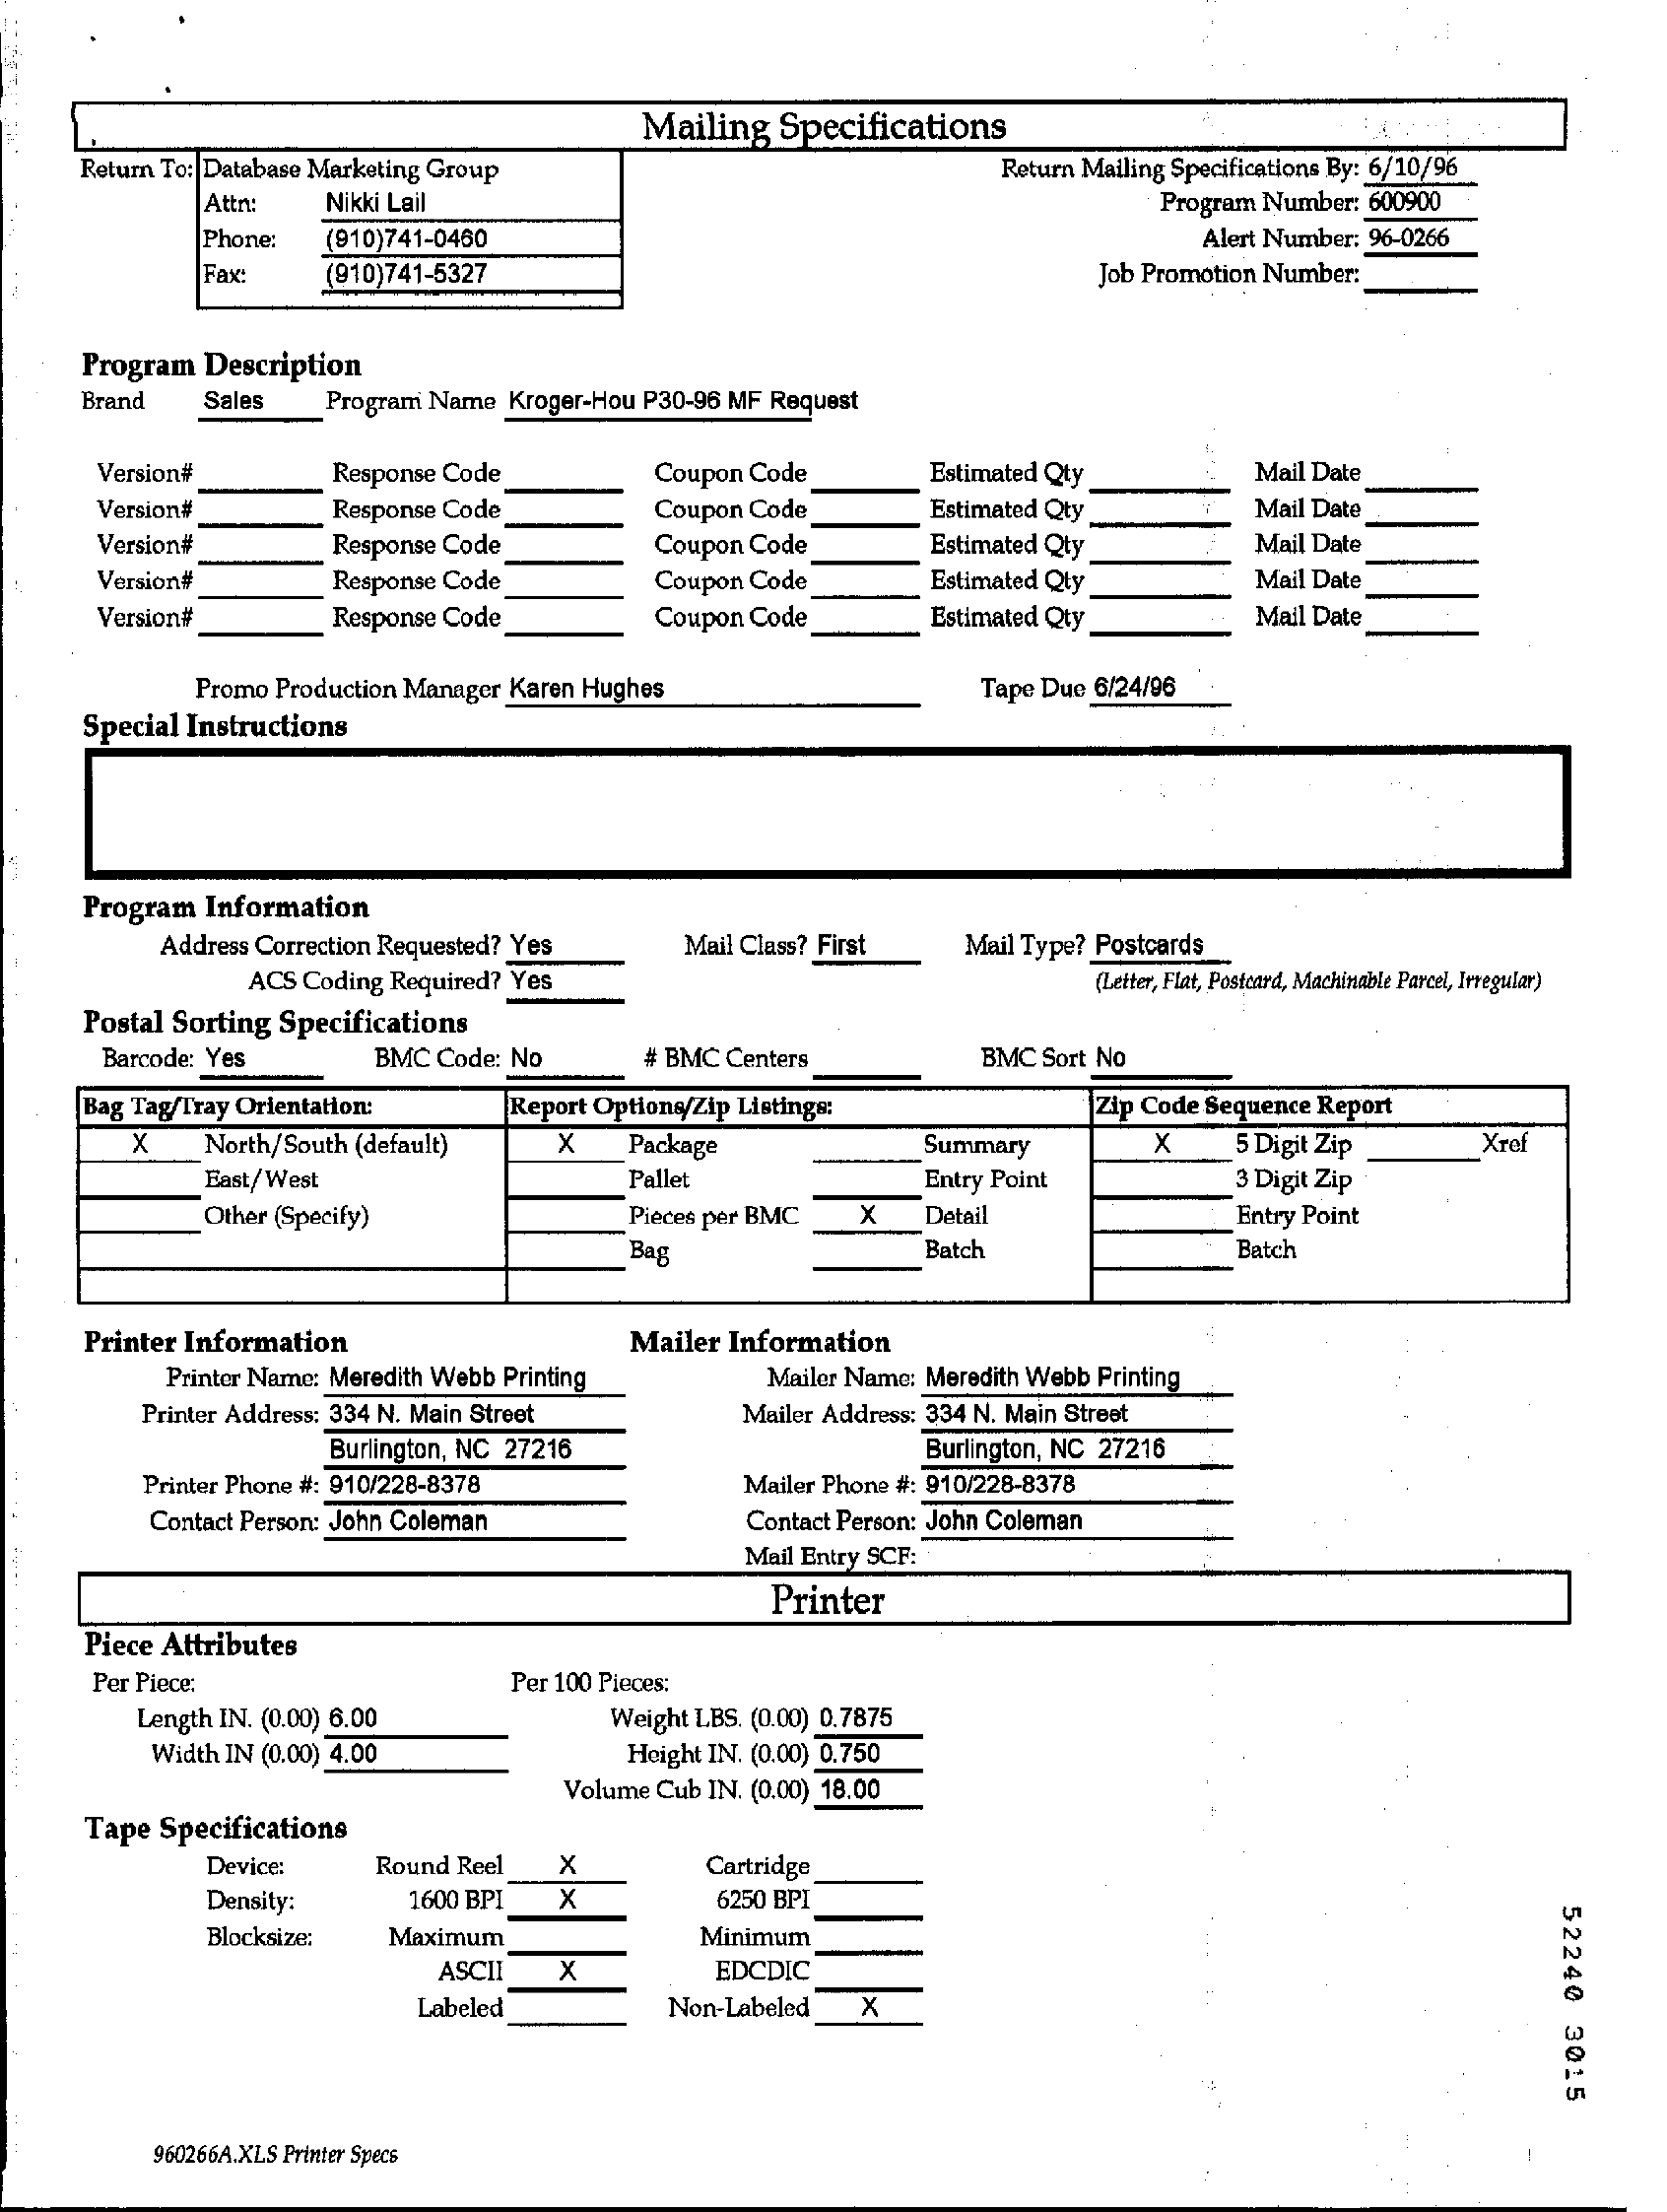
Mailing Specifications
     Return To: Database Marketing Group    Return Mailing Specifications By: 6/10/96
     Attn: Nikki Lail    Program Number: 600900
     Phone: (910)741-0460    Alert Number: 96-0266
     Fax:   (910)741-5327    Job Promotion Number:
     Program Description
     Brand Sales  Program Name Kroger-Hou P30-96 MF Request
     Version#    Response Code    Coupon Code    Estimated Qty    Mail Date
     Version#    Response Code    Coupon Code    Estimated Qty    Mail Date
     Version#    Response Code    Coupon Code    Estimated Qty    Mail Date
     Version#    Response Code    Coupon Code    Estimated Qty    Mail Date
     Version#    Response Code    Coupon Code    Estimated Qty    Mail Date
     Promo Production Manager Karen Hughes    Tape Due 6/24/96
     Special Instructions
     Program Information
     Address Correction Requested? Yes Mail Class? First Mail Type? Postcards
     ACS Coding Required? Yes    (Letter, Flat, Postcard, Machinable Parcel, Irregular)
     Postal Sorting Specifications
     Barcode: Yes  BMC Code: No   # BMC Centers    BMC Sort No
     Bag Tag/Tray Orientation: Report Options/Zip Listings: Zip Code Sequence Report
     x   North/South (default) x Package    Summary    x    5 Digit Zip  Xref
     East/West    Pallet    Entry Point    3 Digit Zip
     Other (Specify)    Pieces per BMC × Detail    Entry Point
     Bag    Batch    Batch
     Printer Information    Mailer Information
     Printer Name: Meredith Webb Printing Mailer Name: Meredith Webb Printing
     Printer Address: 334 N. Main Street Mailer Address: 334 N. Main Street
     Burlington, NC 27216    Burlington, NC 27216
     Printer Phone #: 910/228-8378   Mailer Phone #: 910/228-8378
     Contact Person: John Coleman    Contact Person: John Coleman
     Mail Entry SCF:
     Printer
     Piece Attributes
     Per Piece:    Per 100 Pieces:
     Length IN. (0.00) 6.00   Weight LBS. (0.00) 0.7875
     Width IN (0.00) 4.00    Height IN. (0.00) 0.750
     Volume Cub IN. (0.00) 18.00
     Tape Specifications
     Device:  Round Reel X    Cartridge
     Density:   1600 BPI X    6250 BPI
     52240
     3015
     Blocksize: Maximum    Minimum
     ASCII  x    EDCDIC
     Labeled    Non-Labeled X
     960266A.XLS Printer Specs